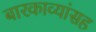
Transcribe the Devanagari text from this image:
बारकाव्यांसह